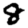
Digit: 8